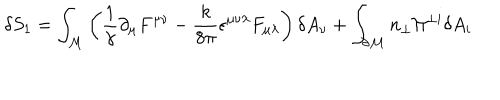
\delta S _ { 1 } = \int _ { \cal M } \left( \frac { 1 } { \gamma } \partial _ { \mu } F ^ { \mu \nu } - \frac { k } { 8 \pi } \epsilon ^ { \mu \nu \lambda } F _ { \mu \lambda } \right) \delta A _ { \nu } + \int _ { \partial \cal M } n _ { \perp } \Pi ^ { \perp i } \delta A _ { i }